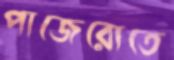
পাজেরোতে